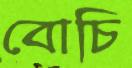
বোচি